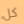
كل